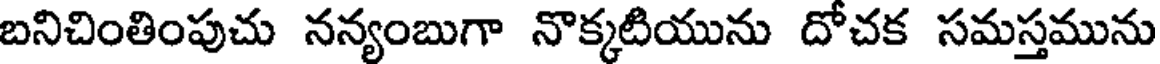
బనిచింతింపుచు నన్యంబుగా నొక్కటియును దోచక సమస్తమును